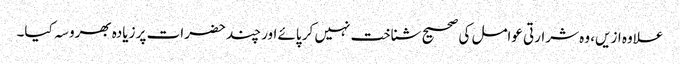
علاوہ ازیں، وہ شرارتی عوامل کی صحیح شناخت نہیں کر پائے اور چند حضرات پر زیادہ بھروسہ کیا۔